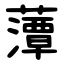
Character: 藫